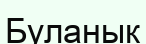
Буланык